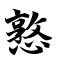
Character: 憝